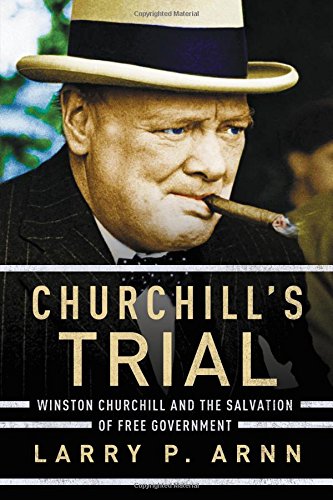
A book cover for Churchill's Trial: Winston Churchill and the Salvation of Free Government; Dr. Larry Arnn; Biographies & Memoirs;